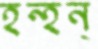
হন্‌হন্‌